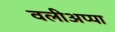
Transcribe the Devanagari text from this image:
वलीअप्पा